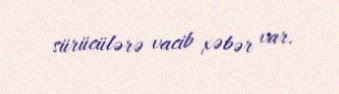
sürücülərə vacib xəbər var.